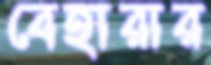
বেহারার